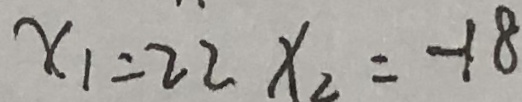
x _ { 1 } = 2 2 x _ { 2 } = - 1 8